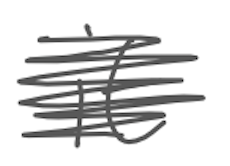
Text: it
Cross-out: scratch
Writing tool: digital_gray